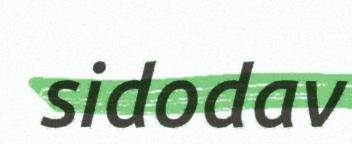
sidodav